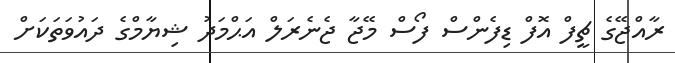
ރާއްޖޭގެ ޗީފް އޮފް ޑިފެންސް ފޯސް މޭޖާ ޖެނެރަލް އަޙްމަދު ޝިޔާމްގެ ދައުވަތަކަށް